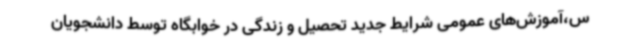
س،آموزش‌های عمومی شرایط جدید تحصیل و زندگی در خوابگاه توسط دانشجویان